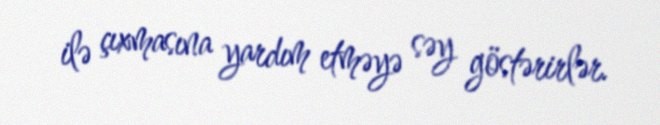
ilə çıxmasına yardım etməyə səy göstərirlər.